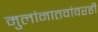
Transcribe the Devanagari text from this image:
मुलांनातवांवरही